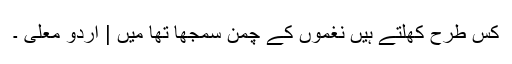
کس طرح کھلتے ہیں نغموں کے چمن سمجھا تھا میں | اردو معلّی ۔